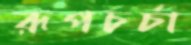
রূপচর্চা